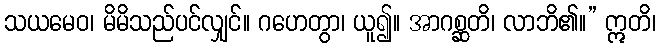
သယမေဝ၊ မိမိသည်ပင်လျှင်။ ဂဟေတွာ၊ ယူ၍။ အာဂစ္ဆတိ၊ လာဘိ၏။” ဣတိ၊